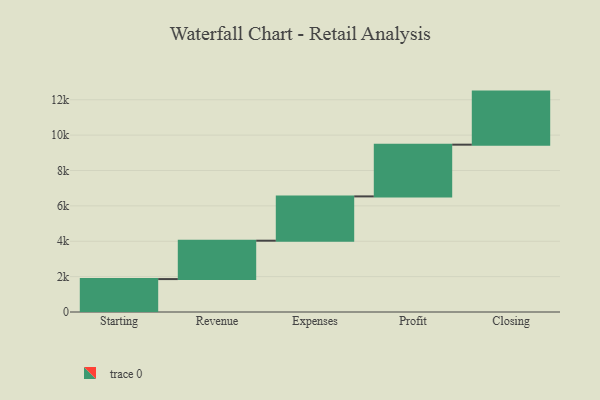
{"axis": {"x": "Step", "y": "Value"}, "legend": [""], "data": [{"x": "Starting", "y": 1861.0, "type": ""}, {"x": "Revenue", "y": 2171.0, "type": ""}, {"x": "Expenses", "y": 2504.0, "type": ""}, {"x": "Profit", "y": 2925.0, "type": ""}, {"x": "Closing", "y": 3000, "type": ""}]}